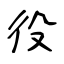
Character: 役